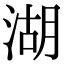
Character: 湖